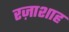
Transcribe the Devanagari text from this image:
रज़ाशाह